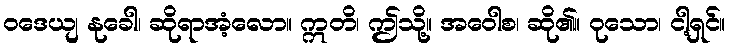
ဝဒေယျ နုခေါ၊ ဆိုရာအံ့လော။ ဣတိ၊ ဤသို့။ အဝေါစ၊ ဆို၏။ ဝုသော၊ ငါ့ရှင်။